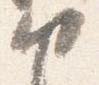
中